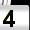
Digit: 4